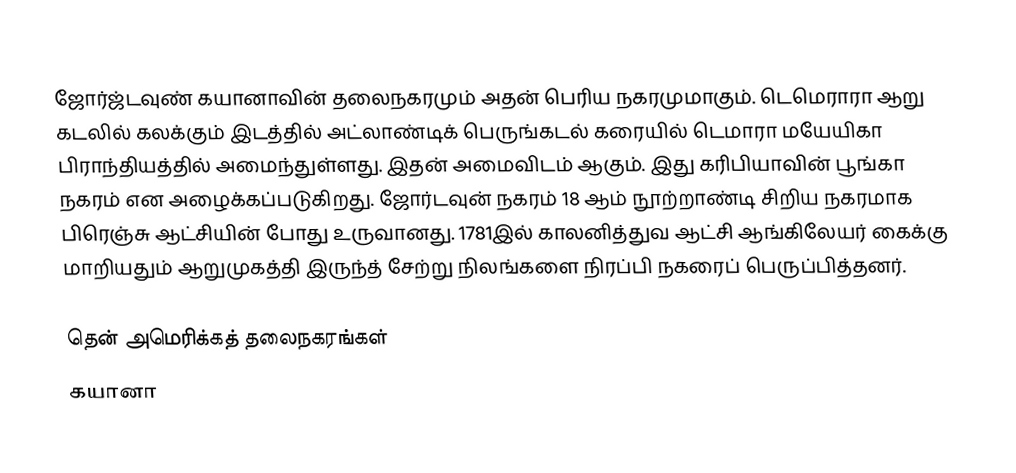
ஜோர்ஜ்டவுண் கயானாவின் தலைநகரமும் அதன் பெரிய நகரமுமாகும். டெமெராரா ஆறு கடலில்  கலக்கும் இடத்தில் அட்லாண்டிக் பெருங்கடல் கரையில் டெமாரா மயேயிகா பிராந்தியத்தில் அமைந்துள்ளது.  இதன் அமைவிடம்  ஆகும். இது கரிபியாவின் பூங்கா நகரம் என அழைக்கப்படுகிறது. ஜோர்டவுன் நகரம் 18 ஆம் நூற்றாண்டி சிறிய நகரமாக பிரெஞ்சு ஆட்சியின் போது உருவானது. 1781இல் காலனித்துவ ஆட்சி ஆங்கிலேயர் கைக்கு மாறியதும் ஆறுமுகத்தி இருந்த் சேற்று நிலங்களை நிரப்பி நகரைப் பெருப்பித்தனர்.

தென் அமெரிக்கத் தலைநகரங்கள்
கயானா